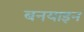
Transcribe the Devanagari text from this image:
बनयाइन